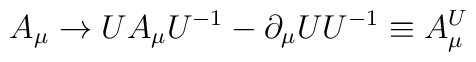
A_\mu \rightarrow UA_\mu U^{-1} - \partial_\mu U U^{-1} \equiv A^U_\mu